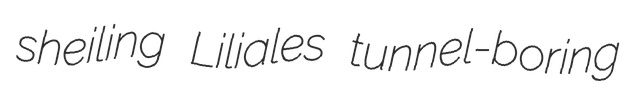
sheiling Liliales tunnel-boring